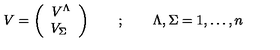
V = \left( \begin{array} { c } { V ^ { \Lambda } } \\ { V _ { \Sigma } \ } \\ \end{array} \right) \quad \quad ; \quad \quad \Lambda , \Sigma = 1 , \dots , n